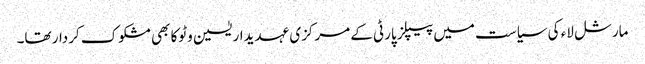
مارشل لاء کی سیاست میں پیپلز پارٹی کے مرکزی عہدیدار یٰسین وٹوکا بھی مشکوک کردار تھا۔